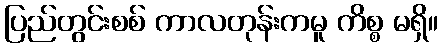
ပြည်တွင်းစစ် ကာလတုန်းကမူ ကိစ္စ မရှိ။